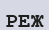
РЕЖ